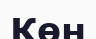
Көн